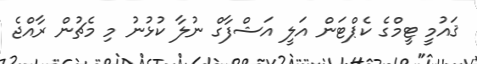
ޤައުމީ ޓީމްގެ ކެޕްޓަން އަލީ އަޝްފާގް ނުލާ ކުޅުނު މި މެޗުން ރާއްޖެ